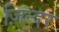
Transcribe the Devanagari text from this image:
ज़िन्दर